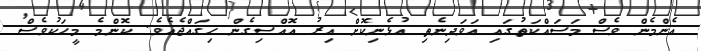
އެންމެން ވެސް މަސައްކަތުުގައި އަވަދިނެތި އުޅެނިކޮށް އިރު އޮއްސިގެން ހިގައްޖެއެވެ. ކޮންމެ މީހަކުވެސް